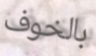
بالخوف